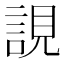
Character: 誢